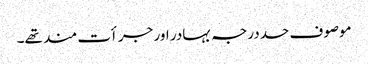
موصوف حددرجہ بہادر اور جرأت مند تھے۔